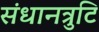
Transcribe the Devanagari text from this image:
संधानत्रुटि